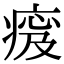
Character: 𤷹